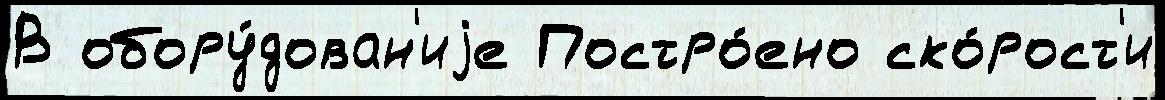
В обору́дован'иjе Постро́ено ско́рост'и